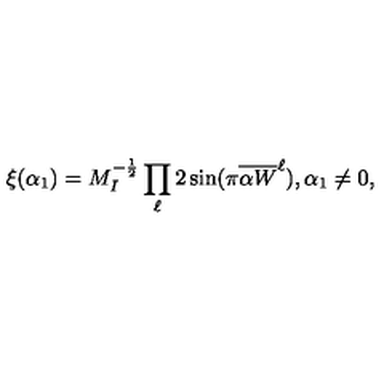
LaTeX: \xi ( \alpha _ { 1 } ) = M _ { I } ^ { - { \frac { 1 } { 2 } } } \prod _ { \ell } 2 \sin ( \pi { { \overline { { \alpha W } } } ^ { \ell } } ) , \alpha _ { 1 } \not = 0 ,